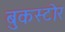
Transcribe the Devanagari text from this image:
बुकस्‍टोर